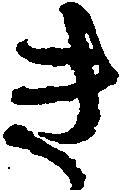
き